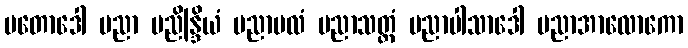
ပတောဒေါ ပညာ ပညိန္ဒြိယံ ပညာဗလံ ပညာသတ္ထံ ပညာပါသာဒေါ ပညာအာလောကော